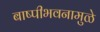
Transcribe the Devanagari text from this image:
बाष्पीभवनामुळे